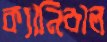
ক্যানিবাল